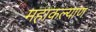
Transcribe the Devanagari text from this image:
महाकल्याण